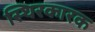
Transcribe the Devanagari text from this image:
स्थिरकारक